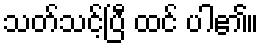
သတ်သင့်ပြီ ထင် ပါ၏။